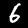
Label: 6